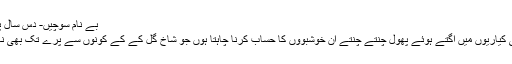
بے نام سوچیں- دس سال پرانی تحریر
بے چینی کی کیاریوں میں اگتے ہوئے پھول چنتے چنتے ان خوشبووں کا حساب کرنا چاہتا ہوں جو شاخ گل کے کے کونوں سے پرے تک بھی نہیں جا پاتیں۔